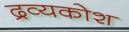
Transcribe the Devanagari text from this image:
द्रव्यकोश